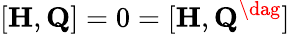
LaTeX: [{\mathbf H},{\mathbf Q}]=0=[{\mathbf H},{\mathbf Q}^{\dag}]